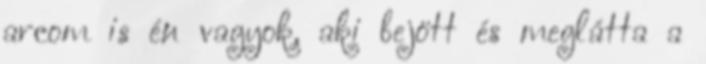
arcom is én vagyok, aki bejött és meglátta a